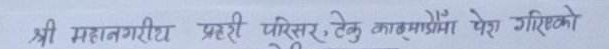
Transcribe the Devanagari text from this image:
श्री महानगरिय प्रहरी परिसर, टेकु काठमाडौं पेश गरिएको